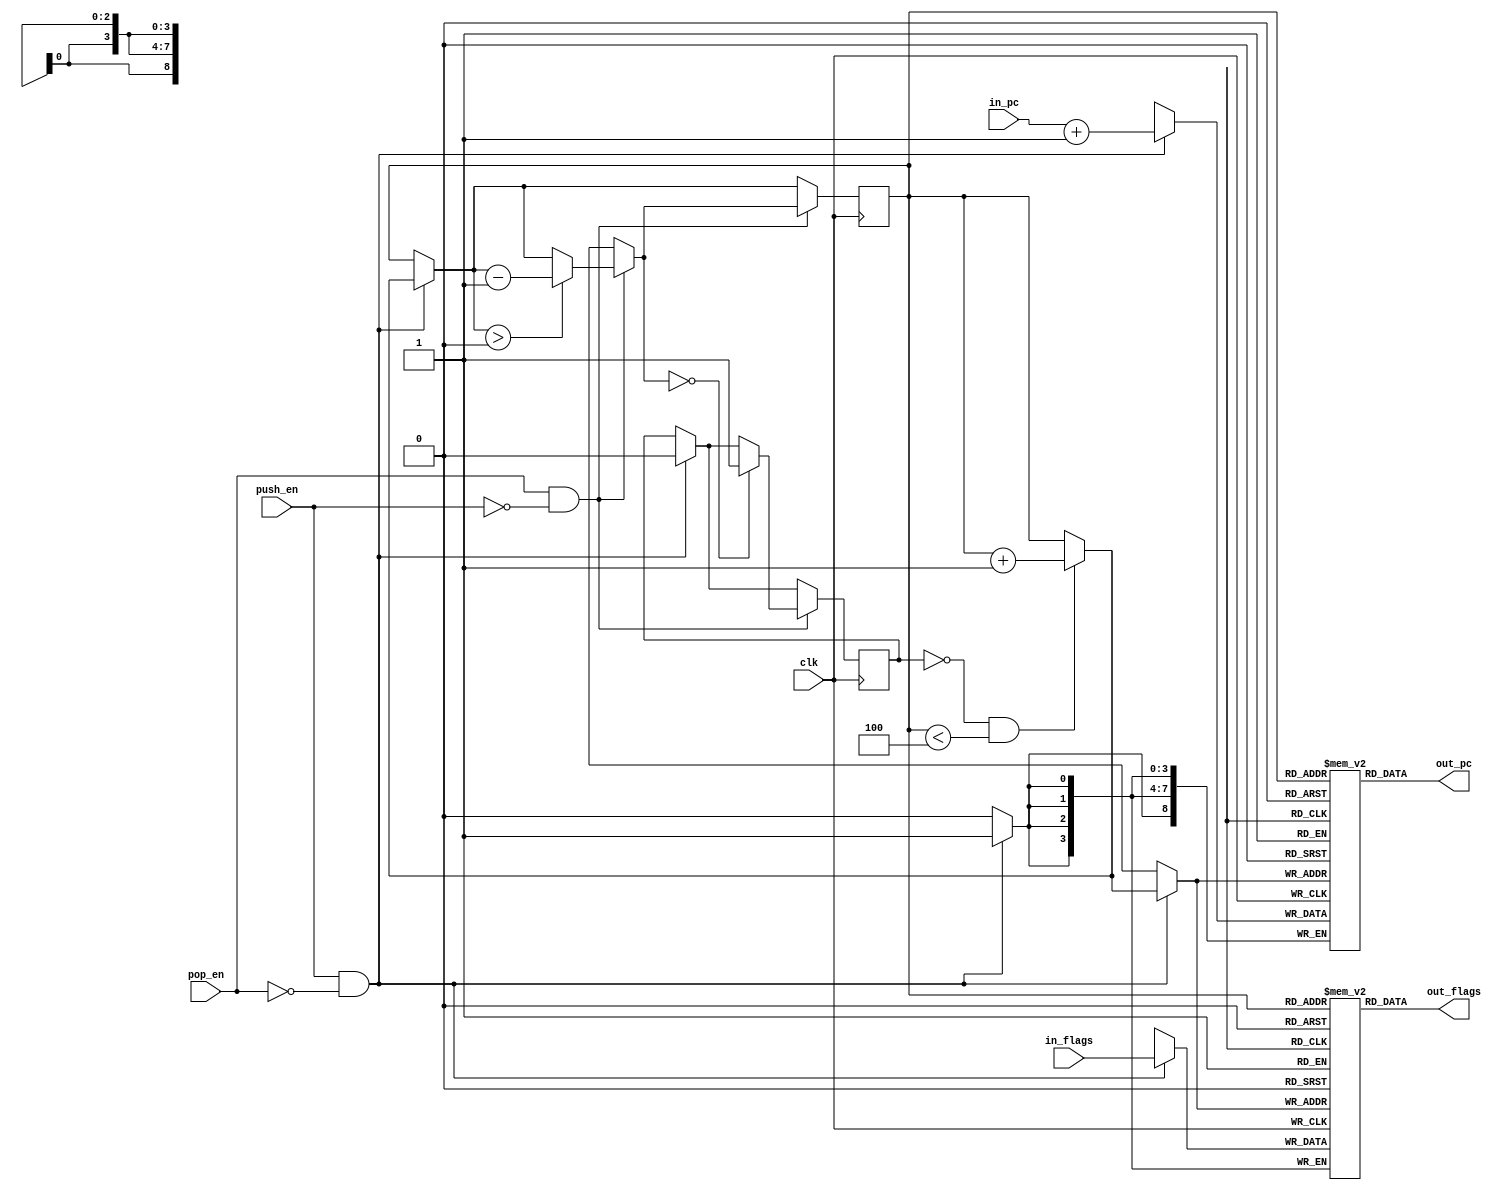
module stack(
  clk, push_en, pop_en,
  in_pc, in_flags,
  out_pc, out_flags
);

  input clk, push_en, pop_en;

  input [8:0] in_pc;
  input [3:0] in_flags;

  output [8:0] out_pc;
  output [3:0] out_flags;

  reg [2:0] index;
  reg [8:0] pc_stack    [0:4];
  reg [3:0] flags_stack [0:4];

  reg empty;

  initial begin
    empty <= 1'b1;
    index <= 0;
  end

  always @(posedge clk) begin
    if ( push_en == 1'b1 && pop_en == 1'b0 ) begin
        if ( empty == 1'b0 && index < 4 ) begin
            index = index + 1;
        end

        empty = 1'b0;
        pc_stack[index]    = in_pc + 1;
        flags_stack[index] = in_flags;
    end

    if ( pop_en == 1'b1 && push_en == 1'b0 ) begin
        if ( index > 0 ) begin
            index = index - 1;
        end
        if ( index == 0 ) begin
            empty = 1'b1;
        end
    end
  end

  assign out_pc    = pc_stack[index];
  assign out_flags = flags_stack[index];
endmodule